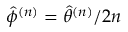
\hat { \phi } ^ { ( n ) } = \hat { \theta } ^ { ( n ) } / 2 n